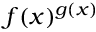
f ( x ) ^ { g ( x ) }